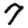
Digit: 7